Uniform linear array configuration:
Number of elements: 32
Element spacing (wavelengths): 1
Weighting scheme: binomial
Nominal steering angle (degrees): -45
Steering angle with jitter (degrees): -46.28
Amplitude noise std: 0.05
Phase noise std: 0.05

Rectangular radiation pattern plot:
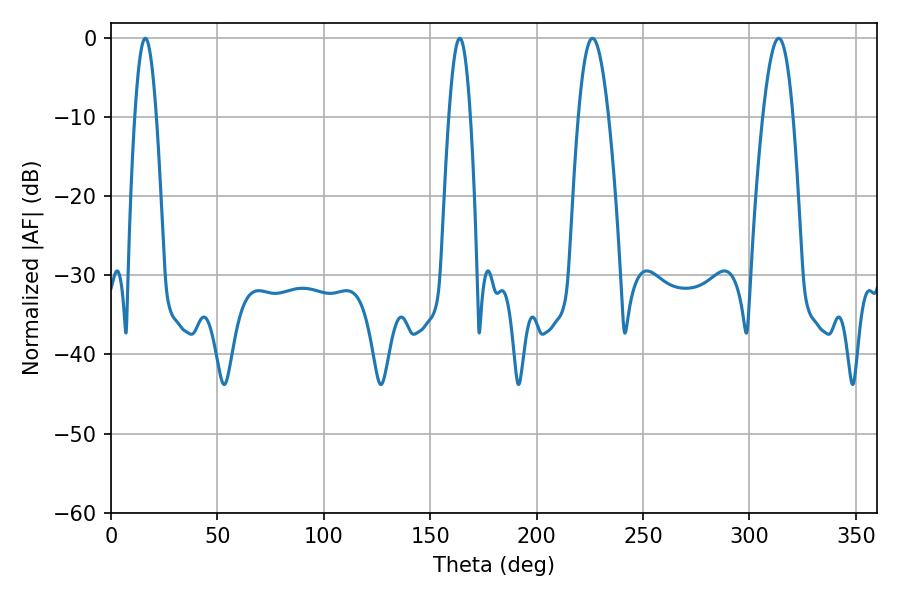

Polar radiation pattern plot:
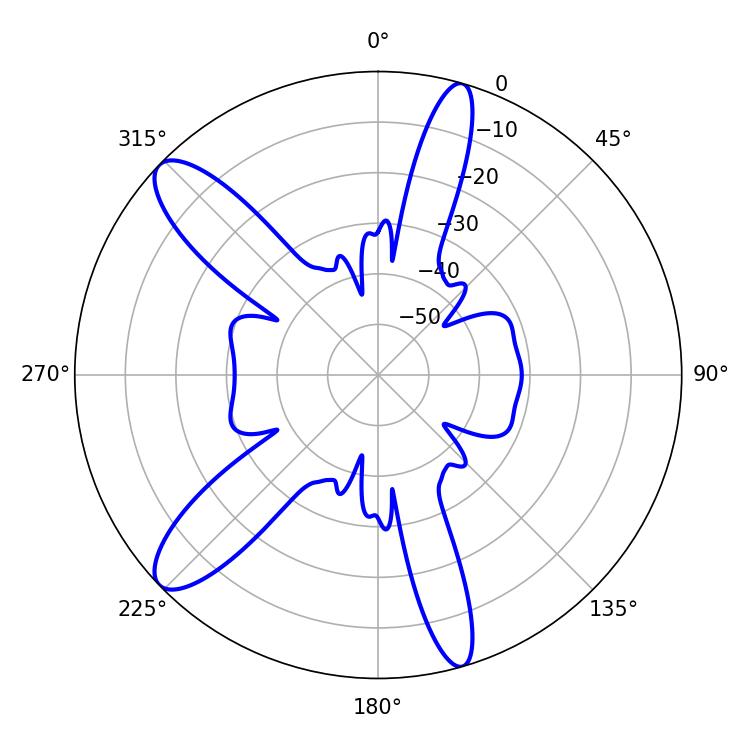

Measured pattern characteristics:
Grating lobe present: TRUE
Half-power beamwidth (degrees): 7.74
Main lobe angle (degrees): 226.26